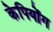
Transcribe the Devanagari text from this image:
केपियोंग